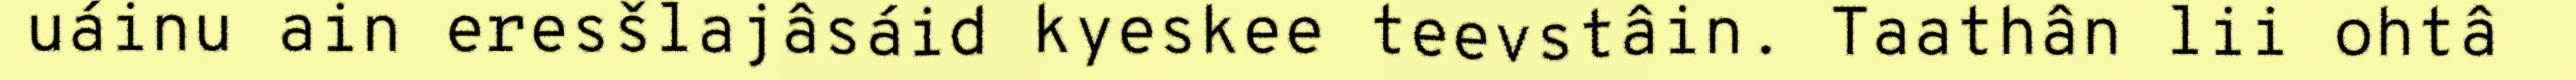
uáinu ain eresšlajâsáid kyeskee teevstâin. Taathân lii ohtâ